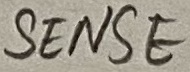
Text: SENSE